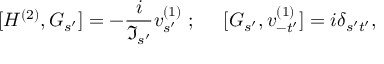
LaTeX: { [ H ^ { ( 2 ) } , G _ { s ^ { \prime } } ] } = - \frac { i } { \Im _ { s ^ { \prime } } } v _ { s ^ { \prime } } ^ { ( 1 ) } \; ; \; \; \; \; \; { [ G _ { s ^ { \prime } } , v _ { - t ^ { \prime } } ^ { ( 1 ) } ] } = i \delta _ { s ^ { \prime } t ^ { \prime } } ,